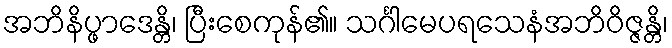
အဘိနိပ္ဖာဒေန္တိ၊ ပြီးစေကုန်၏။ သင်္ဂါမေပရသေနံအဘိဝိဇ္ဇန္တိ၊